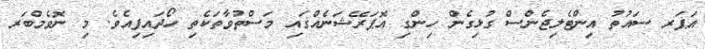
އަޕަރ ސައުތު އިންޓެލިޖެންސް ގުޅިގެން ހިންގި އޮޕަރޭޝަނެއްގައި މަސްތުވާތަކެތި ހޯދައިފިއެވެ. މި ނޮވެމްބަރ